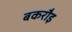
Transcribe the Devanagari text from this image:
बकरौइ